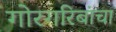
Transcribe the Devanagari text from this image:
गोरगरिबांचा